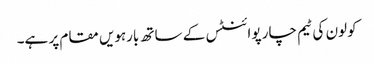
کولون کی ٹیم چار پوائنٹس کے ساتھ بارہویں مقام پر ہے۔